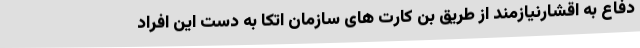
دفاع به اقشارنیازمند از طریق بن کارت های سازمان اتکا به دست این افراد